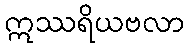
ဣဿရိယဗလာ